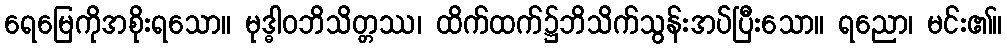
ရေမြေကိုအစိုးရသော။ မုဒ္ဓါဝဘိသိတ္တဿ၊ ထိက်ထက်၌ဘိသိက်သွန်းအပ်ပြီးသော။ ရညော၊ မင်း၏။